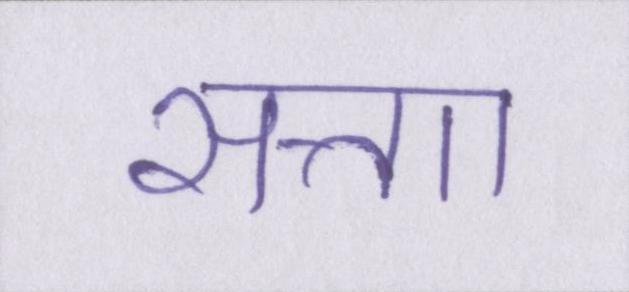
सत्ताा